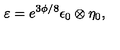
{ \varepsilon = e ^ { 3 \phi / 8 } \epsilon _ { 0 } \otimes \eta _ { 0 } , }